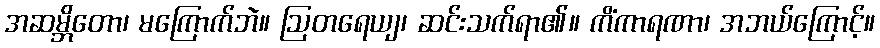
အဆမ္ဘိတော၊ မကြောက်ဘဲ။ ဩတရေယျ၊ ဆင်းသက်ရာ၏။ ကိံကာရဏာ၊ အဘယ်ကြောင့်။